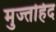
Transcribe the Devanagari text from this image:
मुज्तहिद